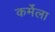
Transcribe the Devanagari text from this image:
कर्मेला